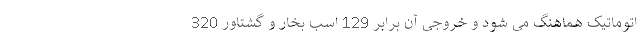
اتوماتیک هماهنگ می شود و خروجی آن برابر 129 اسب بخار و گشتاور 320